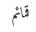
قمائم